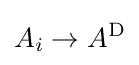
A_{i}\rightarrow A^{\text{D}}